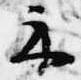
示